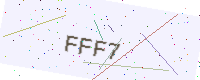
Text: FFF7